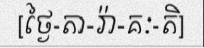
[ថ្ងៃ-តា-រ៉ា-គៈ-តិ]